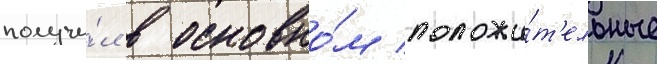
получи́л в основно́м положи́т'ельные